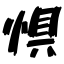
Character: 惧